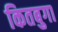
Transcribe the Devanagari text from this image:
कितबुगा